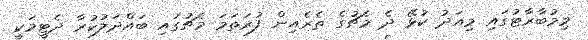
މިމުބާރާޓުގައި މިއަދު ކުޅޭ ދެ މެޗުގެ ތެރެއިން ފުރަތަމަ މެޗުގައި ބައްދަލުކުރާ ދެޓީމަކީ